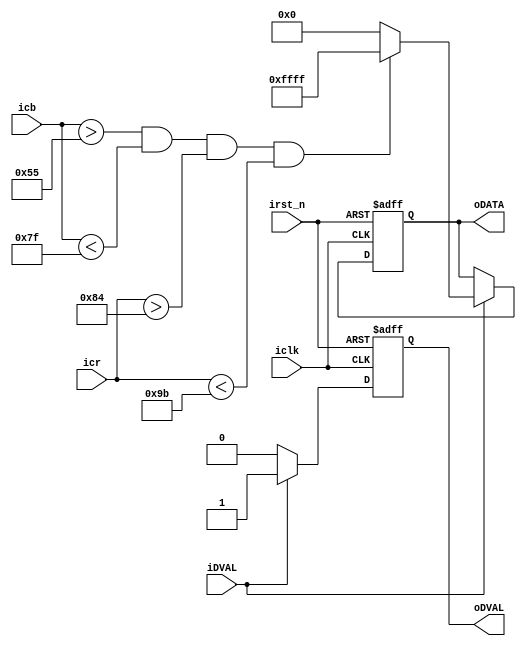
module skin_detect(
					iDVAL,
					iclk,
					irst_n,
					icb,
					icr,
					oDATA,
					oDVAL
					);
input iDVAL,iclk,irst_n;
input [7:0] icb,icr;
output reg [15:0]oDATA;
output reg oDVAL;

always@(posedge iclk or negedge irst_n)
begin
	if(!irst_n)
		begin
			oDATA = 0;
			oDVAL = 0;
		end	
	else if (iDVAL)
		begin
			if (icb > 8'd85 && icb < 8'd127 && icr > 8'd132 && icr < 8'd155)
				begin
					oDATA = 16'hFFFF;
					oDVAL = 1;
				end
			else
				begin
					oDATA = 16'h0;
					oDVAL = 1;
				end
		end
	else
		begin
			oDVAL = 0;
		end


end

endmodule